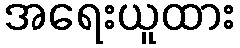
အရေးယူထား